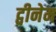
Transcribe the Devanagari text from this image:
ट्वीनेम